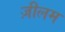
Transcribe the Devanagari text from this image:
ज़ीलम